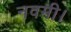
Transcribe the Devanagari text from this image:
नवमी।